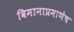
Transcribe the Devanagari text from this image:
विमानाप्रमाणेच